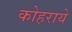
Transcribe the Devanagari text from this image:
कोहराये